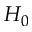
H _ { 0 }